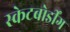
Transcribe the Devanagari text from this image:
स्केटबोर्डींग